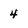
Character: 4